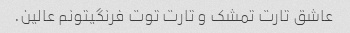
عاشق تارت تمشک و تارت توت فرنگیتونم عالین.